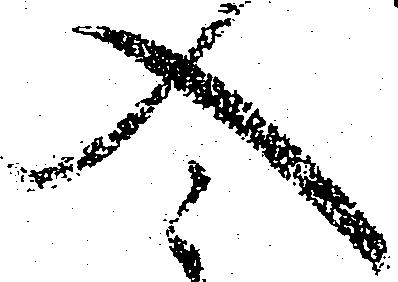
入